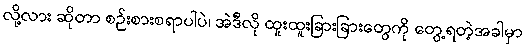
လို့လား ဆိုတာ စဉ်းစားစရာပါပဲ၊ အဲဒီလို ထူးထူးခြားခြားတွေကို တွေ့ရတဲ့အခါမှာ